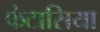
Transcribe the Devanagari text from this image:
फंटासिया